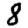
Digit: 8